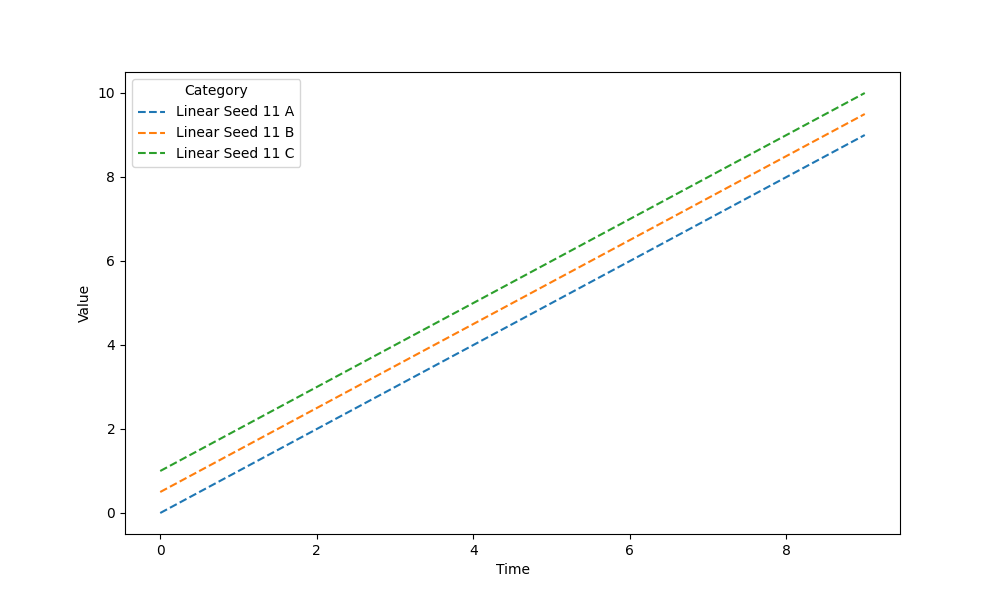
python, seaborn, lineplot, style='dashed', marker='None'